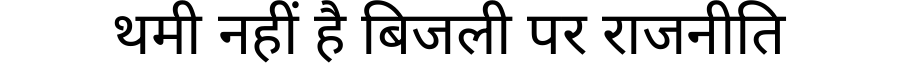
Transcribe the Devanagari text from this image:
थमी नहीं है बिजली पर राजनीति